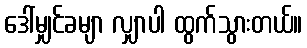
ဒေါ်မျှင်ခမျာ လျှာပါ ထွက်သွားတယ်။